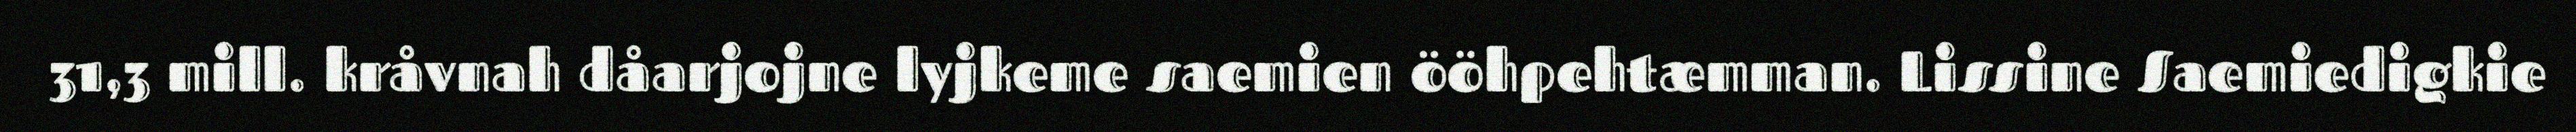
31,3 mill. kråvnah dåarjojne lyjkeme saemien ööhpehtæmman. Lissine Saemiedigkie